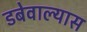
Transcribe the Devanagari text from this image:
डबेवाल्यास